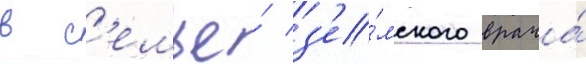
в с'емье́ з'е́мского врача́